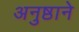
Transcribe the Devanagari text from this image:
अनुष्ठाने